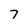
Character: 7